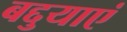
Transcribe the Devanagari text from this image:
बद्दुयाएं